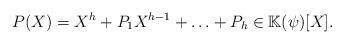
LaTeX: \begin{align*}P(X)=X^h+P_1X^{h-1}+\ldots +P_h\in \mathbb{K}(\psi )[X].\end{align*}